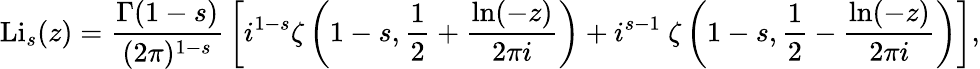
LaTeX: \operatorname{Li}_{s}(z)={\frac{\Gamma(1-s)}{(2\pi)^{1-s}}}\left[i^{1-s}\zeta\left(1-s,{\frac{1}{2}}+{\frac{\ln(-z)}{2\pi i}}\right)+i^{s-1}~\zeta\left(1-s,{\frac{1}{2}}-{\frac{\ln(-z)}{2\pi i}}\right)\right],